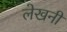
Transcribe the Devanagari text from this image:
लेखनीं